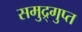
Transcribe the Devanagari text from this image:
समुद्र्गुप्त